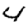
Digit: 4